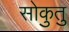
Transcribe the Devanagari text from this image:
सोकुतु